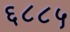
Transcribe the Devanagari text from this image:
६८८५